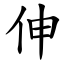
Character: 伸